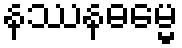
နဿနဓမ္မေ